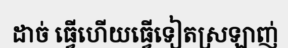
ដាច់ ធ្វើហើយធ្វើទៀតស្រឡាញ់